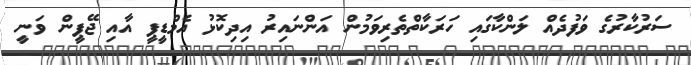
ސަރުކާރުގެ ވަފުދެއް ލަންކާގައި ހަރަކާތްތެރިވަމުން އަންނައިރު އިދިކޮޅު އެމްޑީޕީ އާއި ޖޭޕީން ވަނީ